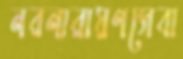
নরনারায়ণসেবা